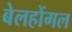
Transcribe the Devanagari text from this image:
बेलहोंगल